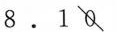
$${8 \cdot 18}$$